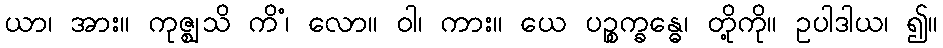
ယာ၊ အား။ ကုဇ္ဈသိ ကိံ၊ လော။ ဝါ၊ ကား။ ယေ ပဉ္စက္ခန္ဓေ၊ တို့ကို။ ဥပါဒါယ၊ ၍။